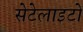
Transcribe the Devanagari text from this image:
सेटेलाइटों